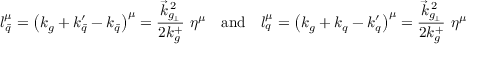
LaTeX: l _ { \bar { q } } ^ { \mu } = \left( k _ { g } + k _ { \bar { q } } ^ { \prime } - k _ { \bar { q } } \right) ^ { \mu } = { \frac { \vec { k } _ { g _ { \! \perp } } ^ { \, 2 } } { 2 k _ { g } ^ { + } } } \ \eta ^ { \mu } \quad \mathrm { a n d } \quad l _ { q } ^ { \mu } = \left( k _ { g } + k _ { q } - k _ { q } ^ { \prime } \right) ^ { \mu } = { \frac { \vec { k } _ { g _ { \! \perp } } ^ { \, 2 } } { 2 k _ { g } ^ { + } } } \ \eta ^ { \mu }